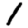
Digit: 1